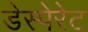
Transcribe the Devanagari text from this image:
डेस्पेरेट